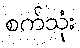
စက်သုံး